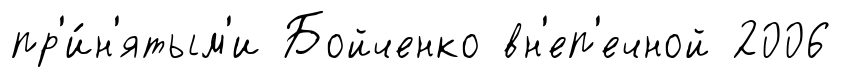
пр'и́н'ятым'и Бойченко вн'еп'ечной 2006